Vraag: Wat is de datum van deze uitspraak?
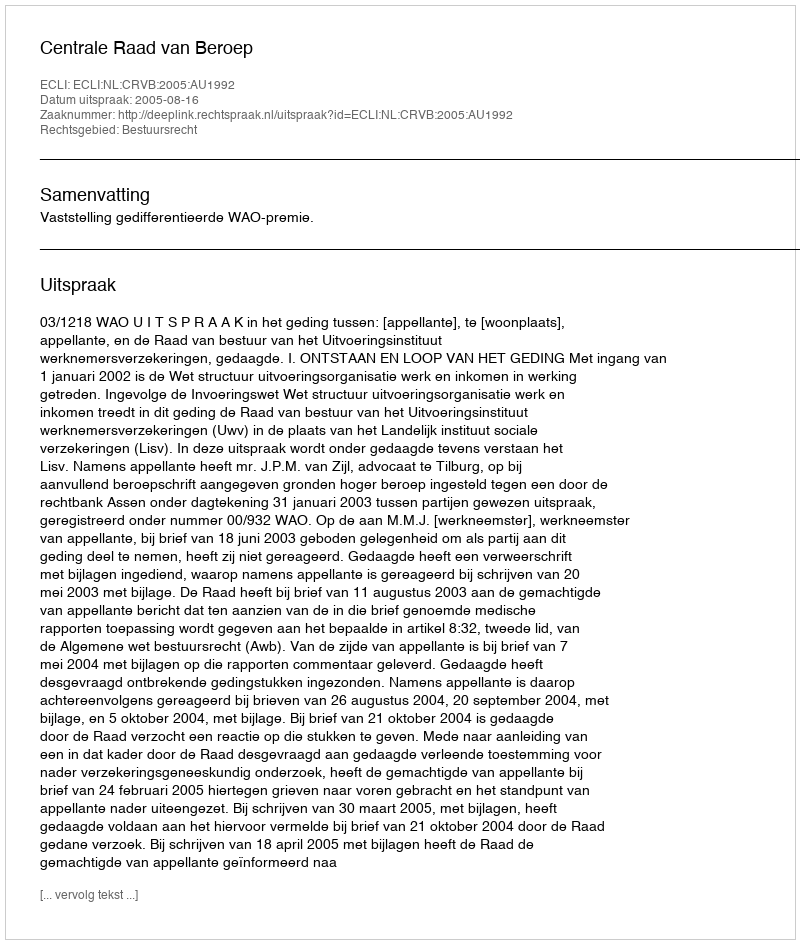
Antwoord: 2005-08-16